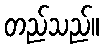
တည်သည်။